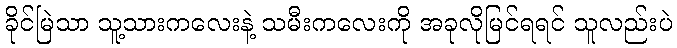
ခိုင်မြဲသာ သူ့သားကလေးနဲ့ သမီးကလေးကို အခုလိုမြင်ရရင် သူလည်းပဲ